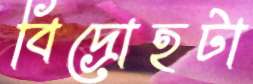
বিদ্রোহটা